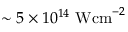
\sim 5 \times 1 0 ^ { 1 4 } ~ \mathrm { W c m } ^ { - 2 }